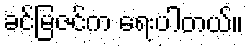
ခင်မြဇင်က ရေးပါတယ်။